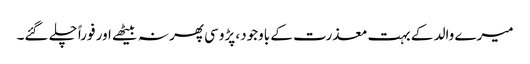
میرے والد کے بہت معذرت کے باوجود، پڑوسی پھر نہ بیٹھے اور فوراً چلے گئے۔